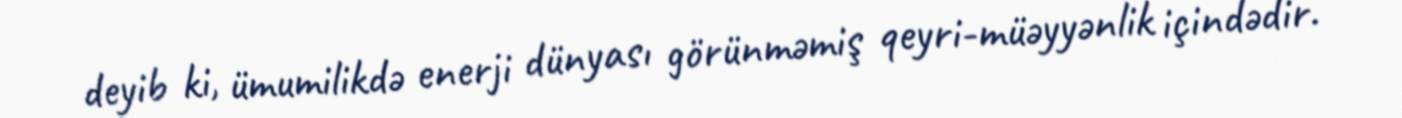
deyib ki, ümumilikdə enerji dünyası görünməmiş qeyri-müəyyənlik içindədir.